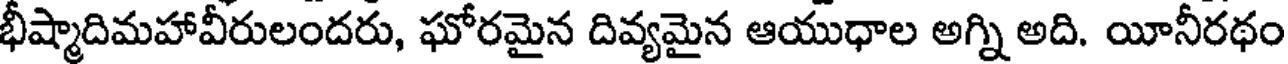
భీష్మాదిమహావీరులందరు, ఘోరమైన దివ్యమైన ఆయుధాల అగ్ని అది. యీనీరథం